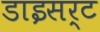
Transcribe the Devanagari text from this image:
डाइसर्ट